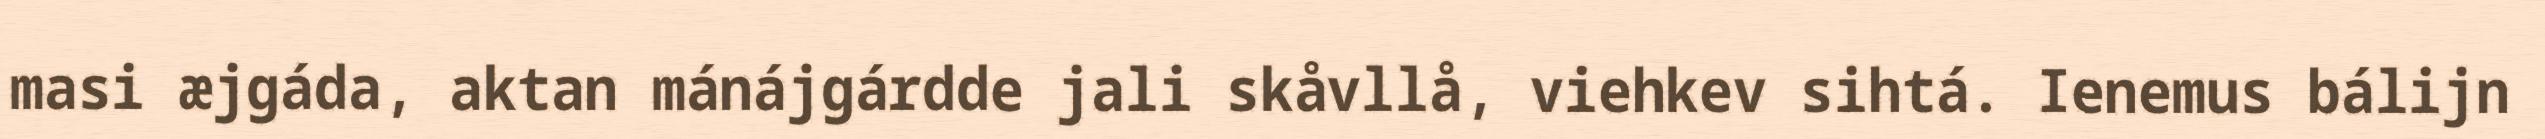
masi æjgáda, aktan mánájgárdde jali skåvllå, viehkev sihtá. Ienemus bálijn